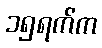
၁၅ရက်က